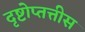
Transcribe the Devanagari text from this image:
दृष्टोप्तत्तीस